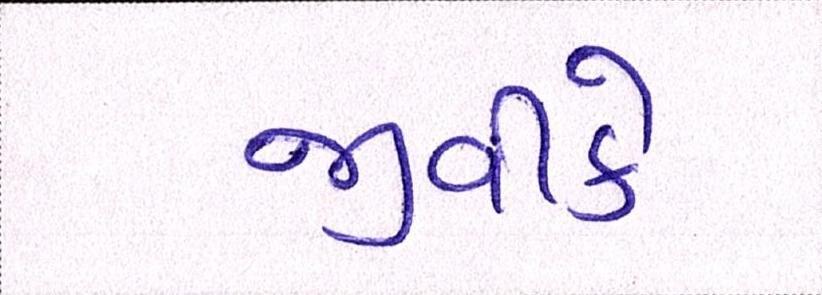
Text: જીવીકે